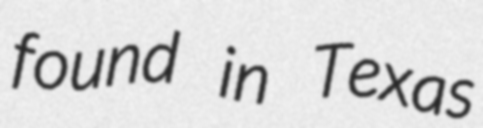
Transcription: found in Texas